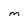
Character: M